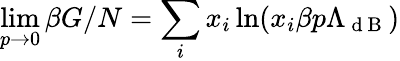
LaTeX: \operatorname*{lim}_{p\to 0}\beta G/N=\sum_{i}x_{i}\ln(x_{i}\beta p\Lambda_{\mathrm{~d~B~}})